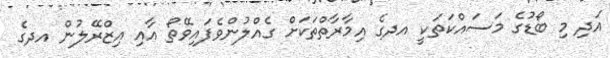
އަދި މި ބޯޑުގެ މަސައްކަތަކީ އދގެ އިމާރާތްތަކަށް ގެއްލުންވެފައިވޭތޯ އާއި އިޒްރޭލުން އދގެ